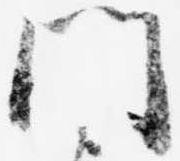
門